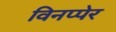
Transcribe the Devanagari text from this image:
विनप्पेर